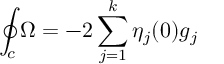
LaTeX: \oint _ { c } \Omega = - 2 \sum _ { j = 1 } ^ { k } \eta _ { j } ( 0 ) g _ { j }